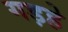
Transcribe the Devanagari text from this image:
गड़हे